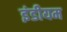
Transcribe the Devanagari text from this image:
इंडीयम